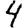
Digit: 4